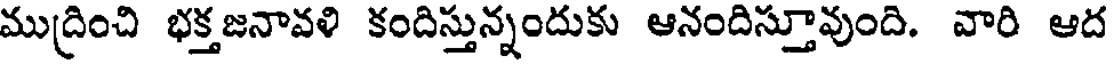
ముద్రించి భక్తజనావళి కందిస్తున్నందుకు ఆనందిస్తూవుంది. వారి ఆద